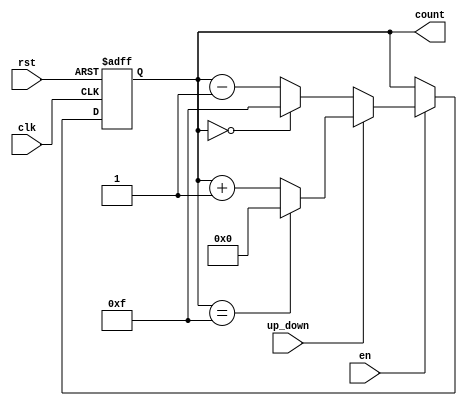
module UpDownCounter #(
    parameter N = 4,              // Number of bits for the counter
    parameter MAX_COUNT = (1 << N) - 1 // Maximum count value (2^N - 1)
)(
    input wire clk,               // Clock input
    input wire rst,               // Asynchronous reset input
    input wire up_down,           // Up/Down control signal
    input wire en,                // Enable signal
    output reg [N-1:0] count      // Counter output
);

    // Asynchronous reset and counting logic
    always @(posedge clk or posedge rst) begin
        if (rst) begin
            count <= 0;           // Reset counter to 0
        end else if (en) begin
            if (up_down) begin
                if (count == MAX_COUNT) begin
                    count <= 0;   // Wrap around to 0 if max count is reached
                end else begin
                    count <= count + 1; // Increment count
                end
            end else begin
                if (count == 0) begin
                    count <= MAX_COUNT; // Wrap around to max count if below 0
                end else begin
                    count <= count - 1; // Decrement count
                end
            end
        end
    end

endmodule